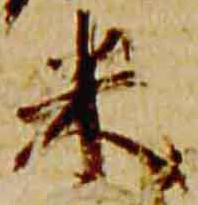
米